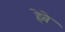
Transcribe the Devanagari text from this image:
हेवे